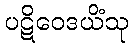
ပဋိဝေဒယိံသု